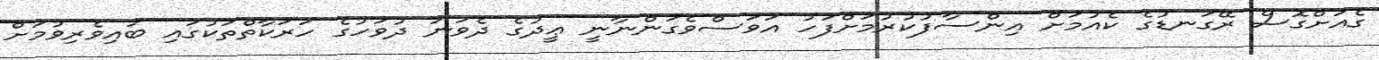
ގެއަށްގޮސް ރޭގަނޑުގެ ކެއުމަށް އިންސާފުކުރުމަށްފަހު އަވަސްވެގަންނާނީ ޢީދުގެ ދެވަނަ ދުވަހުގެ ހަރަކާތްތަކުގައި ބައިވެރިވުމަށް